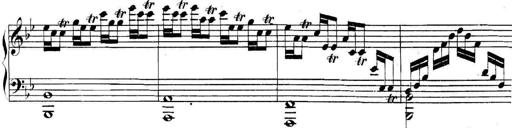
Title: Collected Piano Sonatas
Composer: Muzio Clementi